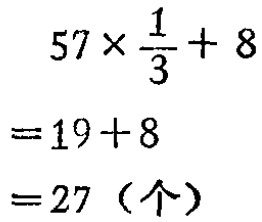
\[

\begin{align*}

&57\times\frac{1}{3}+8\\

=&19 + 8\\

=&27（个）

\end{align*}

\]